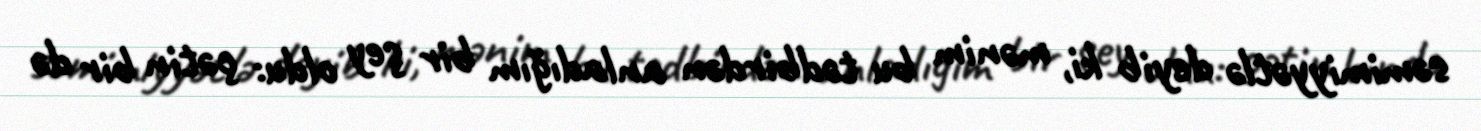
səmimiyyətlə deyib ki, mənim bu tədbirdən anladığım bir şey oldu: çətin bir də